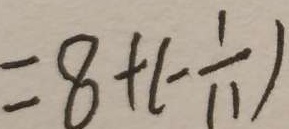
= 8 + ( - \frac { 1 } { 1 1 } )